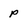
Character: p